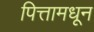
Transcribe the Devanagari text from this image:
पित्तामधून